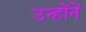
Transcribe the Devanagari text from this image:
उन्हाेंनें